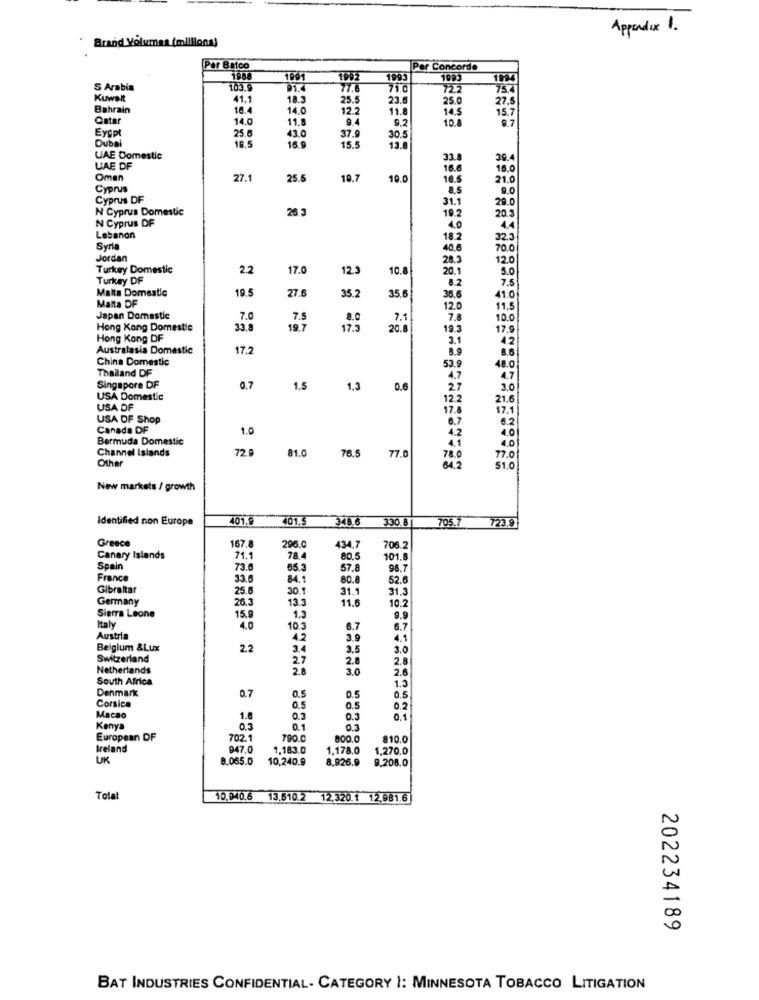
Appendix 1.
Brand Volumea (millions!
Per Batco
Per Concorde
1988
1991
1992
1993
1993
1994
S Arabia
77.8
71.0
72.2
75.4
Kuwait
41.1
18.3
25.5
23.6
25.0
Bahrain
16.4
14.0
12.2
11.8
14.5
27.5
Qatar
14.0
11.8
9.4
9.2
10.8
15.7
8.7
Eyept
25.6
43.0
Dubai
16.5
37.9
30.5
15.5
13.8
UAE Domestic
33.
39.4
UAE OF
16.6
16.0
Oman
27.1
25.5
19.7
10.0
16.5
21.0
Cyprus
0.0
Cyprus DF
31.1
29.0
N Cyprus Domestic
26 3
19.2
N Cyprus DF
20 3
4.0
4.4
Lebanon
18.2
32.3
Syri
40.6
70.0
Jordan
28.3
12.0
Turkey Domestic
2.2
17.0
12.3
10.8
20.1
S.O
Turkey DF
8.2
7.5
Malta Domestic
19.
27.6
35.2
35.6
36.6
41.0
Malta DF
12.0
11.5
Japan Domestic
7.0
7.5
8.0
7.1
7.8
10.0
Hong Kong Domestle
33.8
19.7
17.3
20.8
19.3
17.9
Hong Kong DF
3.1
42
Australasia Domestic
17.2
8.9
8.6
China Domestic
Thailand DF
53.9
48.0
4.7
4.7
Singapore DF
0.7
1.5
1.3
0.6
27
3.0
USA Domestic
12.2
21.6
USA DF
17.6
17.1
USA OF Shop
6.7
0.2
Canada DF
1.0
4.2
4.0
Bermuda Domestic
4.1
4.0
Channel Islands
72
81.0
Other
76.5 77.0
78.0
77.0
04.2
51.0
New markets / growth
Identified non Europe
401.9
701.5
348.6
330.8
705.7 723.9
Greece
167.8
296.0
434,7
706.2
Canary Islands
71.1
78.4
80.5
101.8
Spain
73.6
65.3
57.8
98.7
France
33.6
84.1
80.8
52.6
Gibraltar
25.
30.9
31.1
31,3
Germany
26.3
13.3
11.6
10.2
Sierra Leone
15.9
1.3
9.9
Italy
4.0
10.3
6.7
6.7
Austria
4.2
3.9
4.1
Belgium &Lux
2.2
3.5
3.0
Switzerland
27
2.8
2.8
Netherlands
2.
3.0
2.6
South Africa
1.3
Denmark
0.7
0.5
0.5
0.5
Corsica
0.5
0.5
0.2
Macao
1.0
0.3
0.1
Kenya
0.3
0.1
European DF
702.1
790.0
800.0
810.0
Ireland
947.
1,183.0
1.178.0
1.270.0
UK
8.065.0
10,240.9
8,926.9
9.208.0
Tolat
10.040.6 13.610.2 12.320.1 12.981.6
202234189
BAT INDUSTRIES CONFIDENTIAL- CATEGORY 1: MINNESOTA TOBACCO LITIGATION